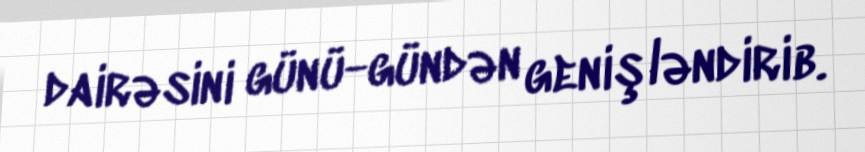
dairəsini günü-gündən genişləndirib.